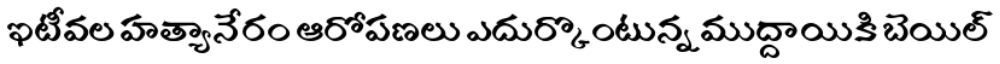
ఇటీవల హత్యానేరం ఆరోపణలు ఎదుర్కొంటున్న ముద్దాయికి బెయిల్